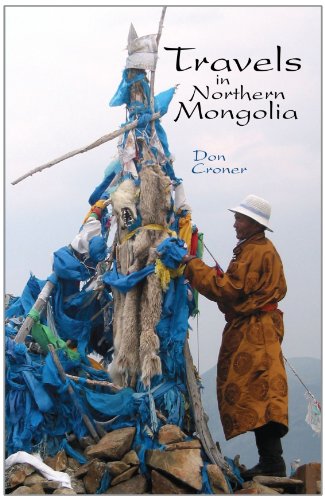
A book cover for Travels in Northern Mongolia; Don Croner; Travel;